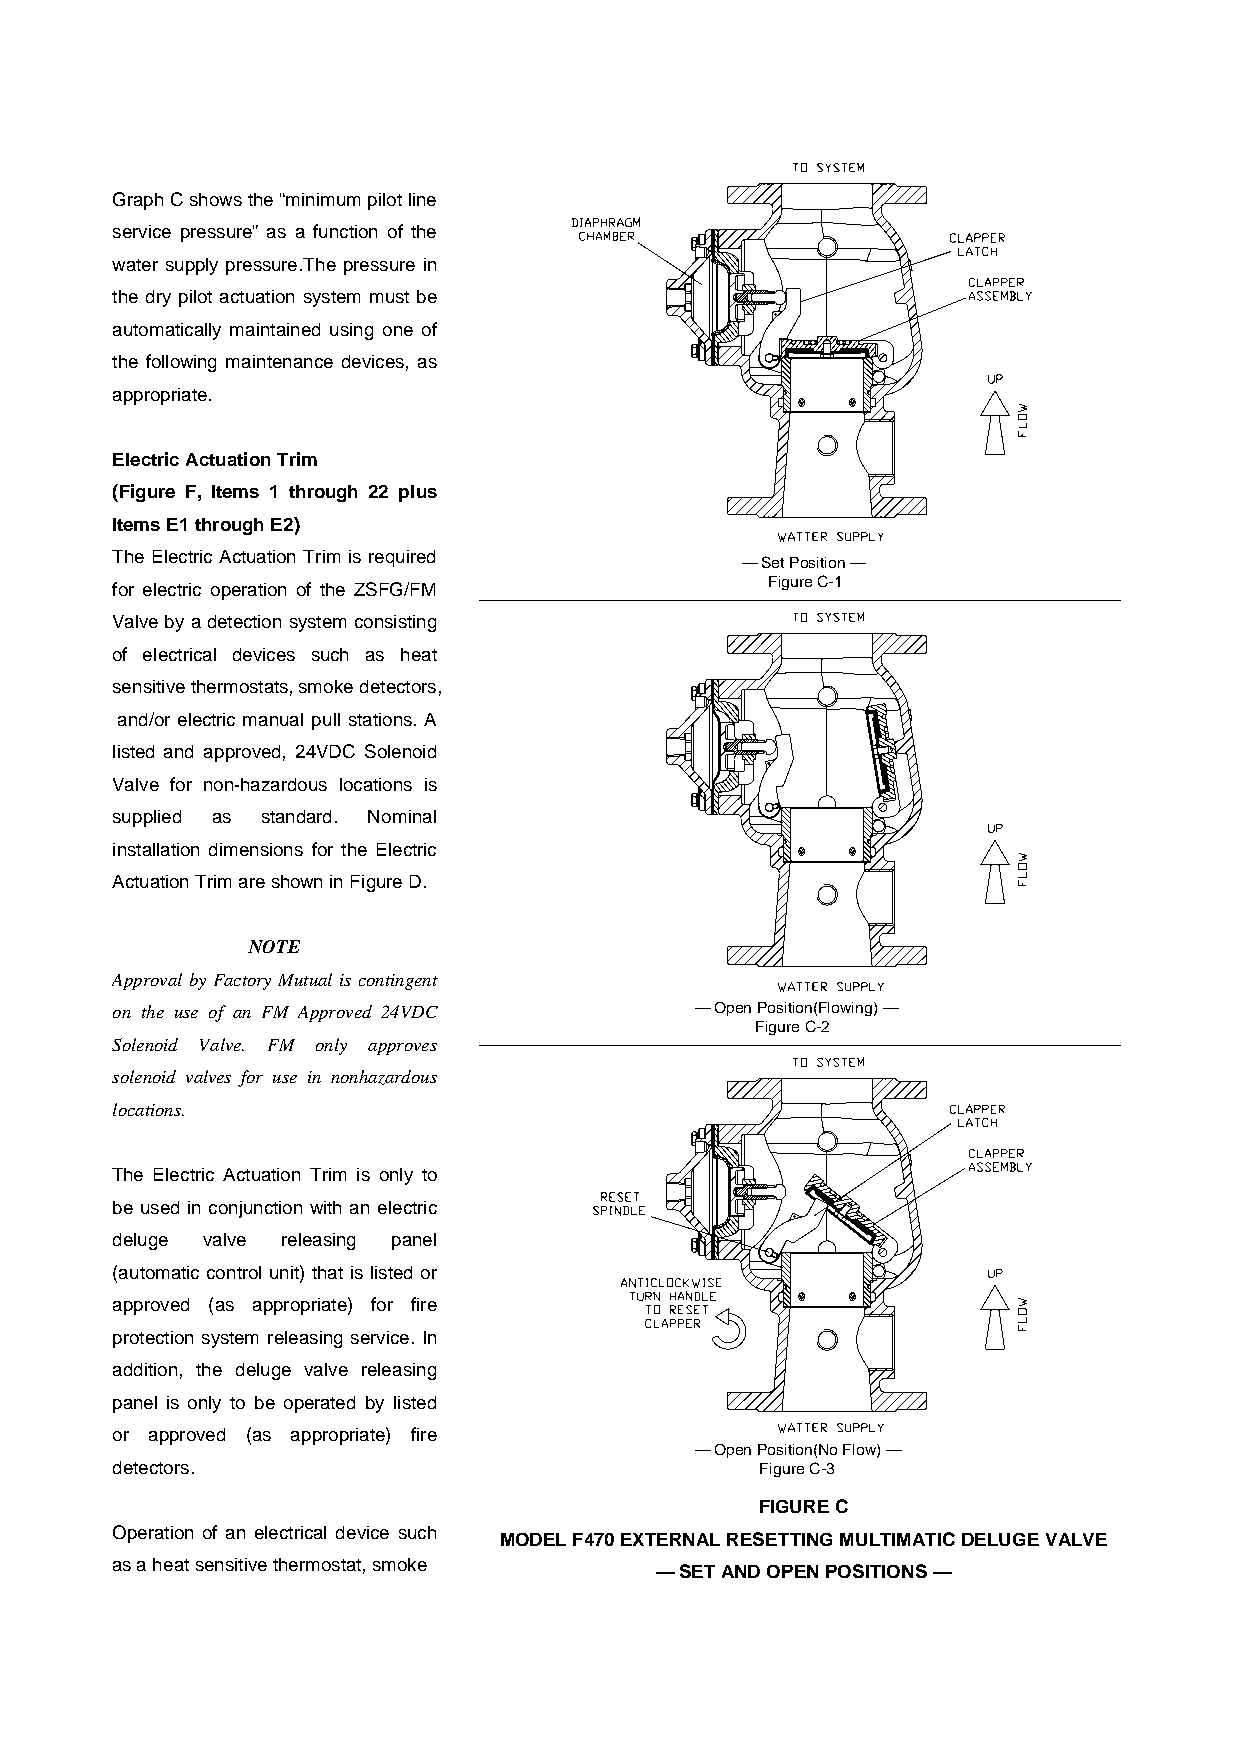
GraphCshowsthe“minimumpilotline
 service pressure” as a function of the
 water supply pressure.The pressure in
 the dry pilot actuation system must be
 automatically maintained using one of
 the following maintenance devices, as
 appropriate.
 ElectricActuationTrim
 (Figure F, Items 1 through 22 plus
 ItemsE1throughE2)
 The Electric Actuation Trim is required
 — Set Position —
 for electric operation of the ZSFG/FM       Figure C-1
 Valvebyadetectionsystemconsisting
 of electrical devices such as heat
 sensitivethermostats,smokedetectors,
 and/or electric manual pull stations. A
 listed and approved, 24VDC Solenoid
 Valve for non-hazardous locations is
 supplied as standard. Nominal
 installation dimensions for the Electric
 ActuationTrimareshowninFigureD.
 NOTE
 Approval by Factory Mutual is contingent
 on the use of an FM Approved 24VDC     — Open Position(Flowing) —
 Figure C-2
 Solenoid Valve. FM only approves
 solenoid valves for use in nonhazardous
 locations.
 The Electric Actuation Trim is only to
 be used in conjunction with an electric
 deluge valve releasing panel
 (automatic control unit) that is listed or
 approved (as appropriate) for fire
 protection system releasing service. In
 addition, the deluge valve releasing
 panel is only to be operated by listed
 or approved (as appropriate) fire
 — Open Position(No Flow) —
 detectors.                                 Figure C-3
 FIGUREC
 Operation of an electrical device such
 MODELF470EXTERNALRESETTINGMULTIMATICDELUGEVALVE
 asaheatsensitivethermostat,smoke
 —SETANDOPENPOSITIONS—